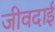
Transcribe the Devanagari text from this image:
जीवदाई